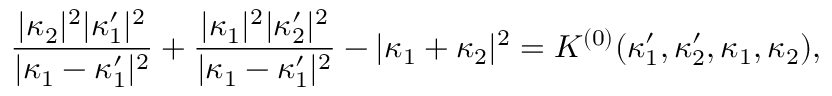
\frac { | \kappa _ { 2 } | ^ { 2 } | \kappa _ { 1 } ^ { \prime } | ^ { 2 } } { | \kappa _ { 1 } - \kappa _ { 1 } ^ { \prime } | ^ { 2 } } + \frac { | \kappa _ { 1 } | ^ { 2 } | \kappa _ { 2 } ^ { \prime } | ^ { 2 } } { | \kappa _ { 1 } - \kappa _ { 1 } ^ { \prime } | ^ { 2 } } - | \kappa _ { 1 } + \kappa _ { 2 } | ^ { 2 } = K ^ { ( 0 ) } ( \kappa _ { 1 } ^ { \prime } , \kappa _ { 2 } ^ { \prime } , \kappa _ { 1 } , \kappa _ { 2 } ) ,